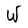
Character: W